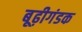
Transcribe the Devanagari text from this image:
बूढ़ीगंडक